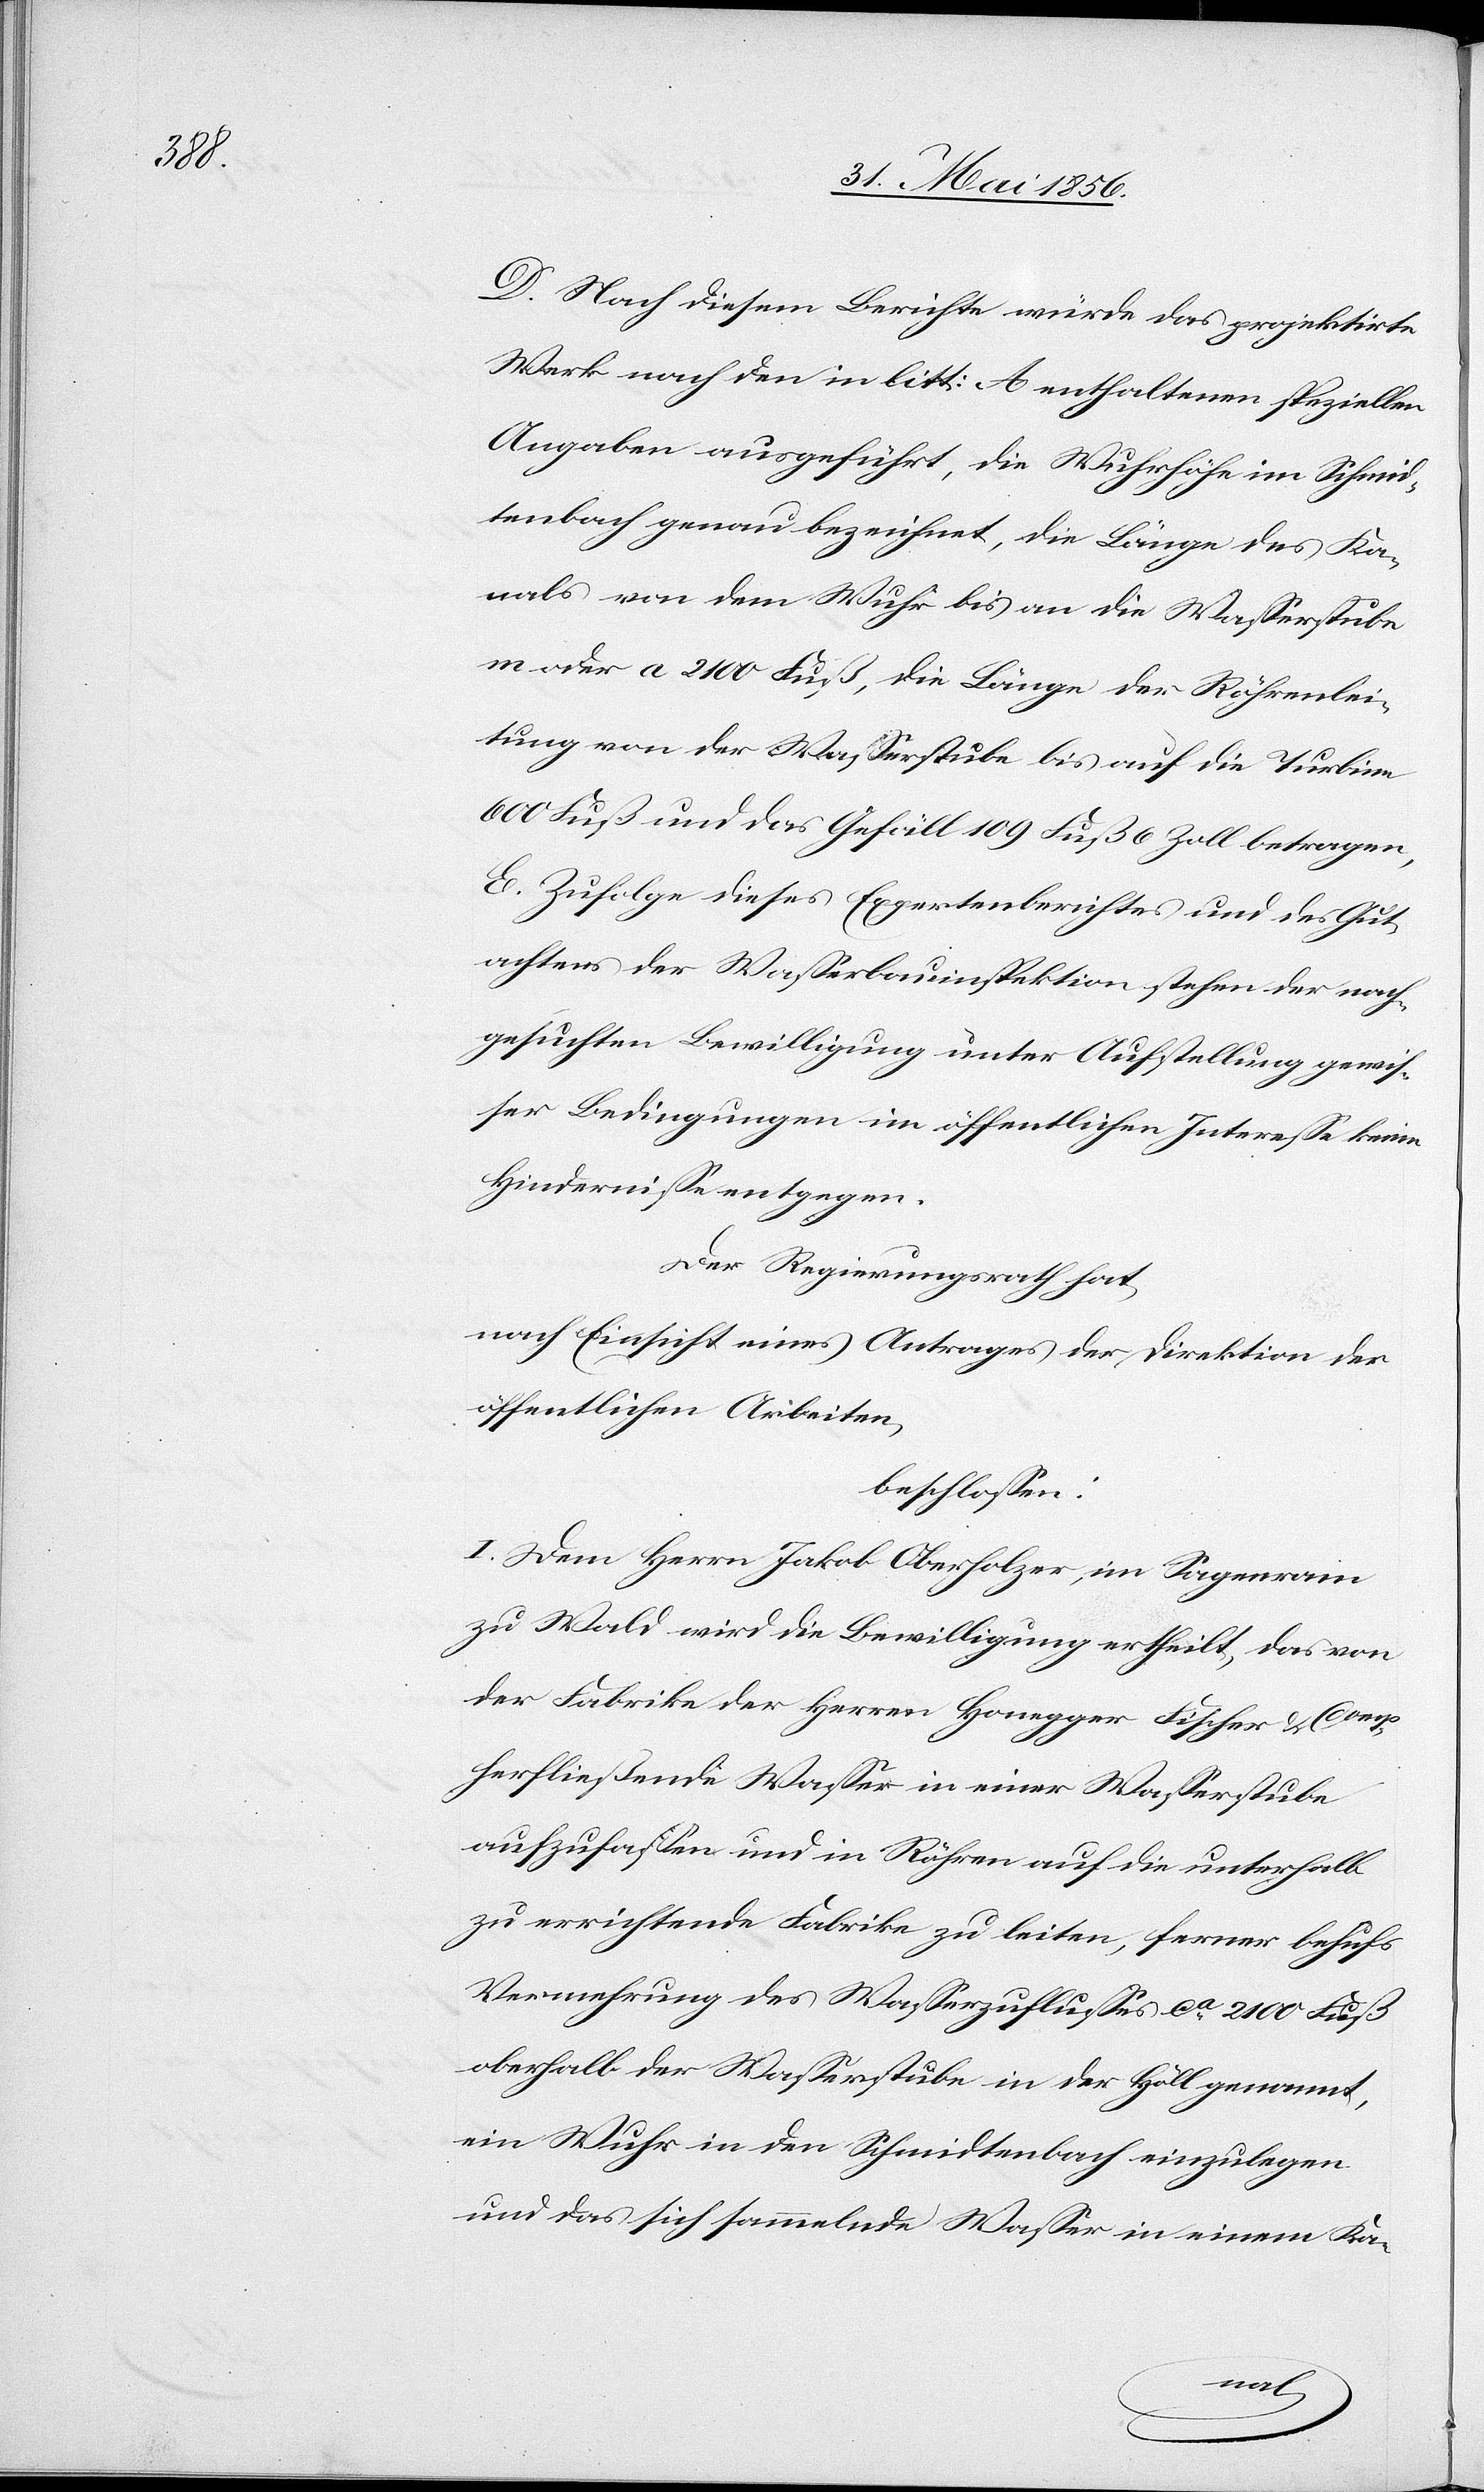
D. Nach diesem Berichte würde das projektirte
Werk nach den in litt: A enthaltenen speziellen
Angaben ausgeführt, die Wuhrhöhe im Schmid¬
tenbach genau bezeichnet, die Länge des Ka¬
nals von dem Wuhr bis an die Wasserstube
m oder a 2100 Fuß, die Länge der Röhrenlei¬
tung von der Wasserstube bis auf die Turbine
600 Fuß und das Gefäll 109 Fuß 6 Zoll betragen,
E. Zufolge dieses Expertenberichtes und des Gut¬
achters der Wasserbauinspektion stehen der nach¬
gesuchten Bewilligung unter Aufstellung gewis¬
ser Bedingungen im öffentlichen Interesse keine
Hindernisse entgegen.
Der Regierungsrath hat,
nach Einsicht eines Antrages der Direktion der
öffentlichen Arbeiten,
beschlossen:
I. Dem Herrn Jakob Oberholzer, im Sagenrain
zu Wald wird die Bewilligung ertheilt, das von
der Fabrike der Herren Honegger Fischer & Comp
herfließende Wasser in einer Wasserstube
aufzufassen und in Röhren auf die unterhalb
zu errichtende Fabrike zu leiten, ferner behufs
Vermehrung des Wasserzuflusses ca 2100 Fuß
oberhalb der Wasserstube in der Höll genannt,
ein Wuhr in den Schmidtenbach einzulegen
und das sich sammelnde Wasser in einem Ka-